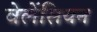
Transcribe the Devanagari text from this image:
वेलेंसियन